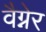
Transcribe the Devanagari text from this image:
वैग्नेर